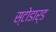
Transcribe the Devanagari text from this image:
स्टोडार्ड